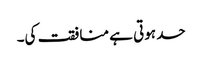
حد ہوتی ہے منافقت کی۔